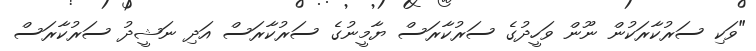
"ވަކި ސަރުކާރަކުން ނޫން ވަހީދުގެ ސަރުކާރަސް ޔާމީނުގެ ސަރުކާރަސް އަދި ނަޝީދު ސަރުކާރަސް